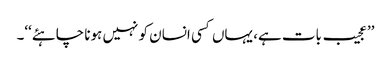
’’عجیب بات ہے، یہاں کسی انسان کو نہیں ہونا چاہئے‘‘۔